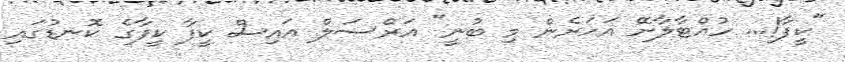
"ކީފާ!... ހުއްޓާލާށޭ އަހަރެން މި ބުނީ" އަރްސަލް އައިސް ކީފާ ކީފާގެ ކޮނޑުގައި